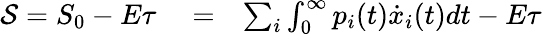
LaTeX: \begin{array}{rlr}{\mathcal{S}=S_{0}-E\tau}&{{}=}&{\sum_{i}\int_{0}^{\infty}p_{i}(t)\dot{x}_{i}(t)dt-E\tau}\end{array}